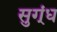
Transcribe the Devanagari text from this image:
सुग्ंध